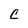
Character: C